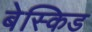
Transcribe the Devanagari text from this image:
बेस्किड